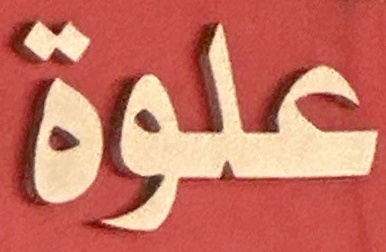
علوة